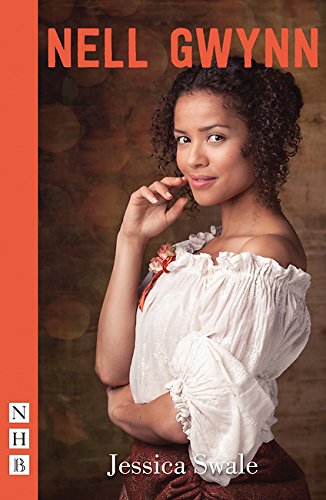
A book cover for Nell Gwynn; Jessica Swale; Literature & Fiction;